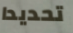
تحديدا